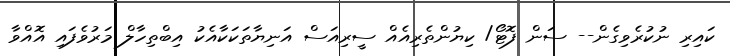
ކައިރި ނުކުރެވިގެން-- ސަން ފޮޓޯ/ ކިޔުންތެރިއެއް ސީރިއަސް އަނިޔާތަކަކާއެކު އިބްތިހާލް މަރުވެފައި އޮއްވާ